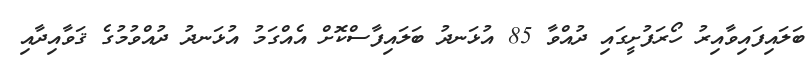
ބަލައިފައިވާއިރު ހޯރަފުށީގައި ދުއްވާ 85 އުޅަނދު ބަލައިފާސްކޮށް އެއްގަމު އުޅަނދު ދުއްވުމުގެ ޤަވާއިދާއި